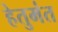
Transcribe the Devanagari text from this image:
हेतुमंत